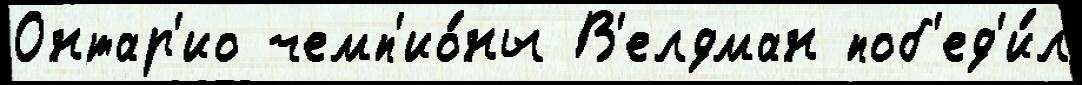
Онтар'ио чемп'ио́ны В'елдман поб'ед'и́л